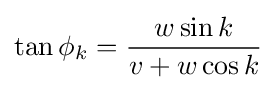
\tan \phi _{k}={\frac {w\sin k}{v+w\cos k}}